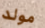
مولد